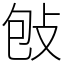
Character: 𢼌